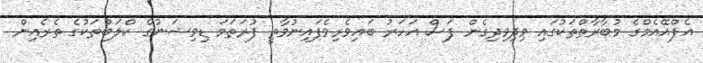
އެފްއޭއެމްގެ މުބާރާތްތަކުގައި ވިދިވިދިގެން ފަސް އަހަރު ބައިވެރިވެފައިނުވާތީ ފުރަތަމަ ޑިވިިޝަނުގެ ކްލަބްތަކުގެ ތެރެއިން